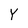
Character: Y